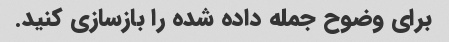
برای وضوح جمله داده شده را بازسازی کنید.